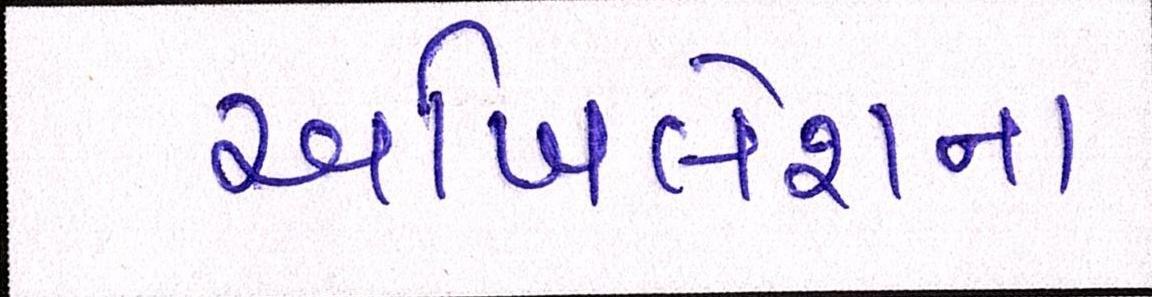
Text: અખિલેશના